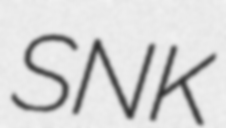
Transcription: SNK